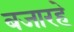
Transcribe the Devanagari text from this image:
बजारहे